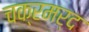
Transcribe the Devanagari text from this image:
चक्रमर्द